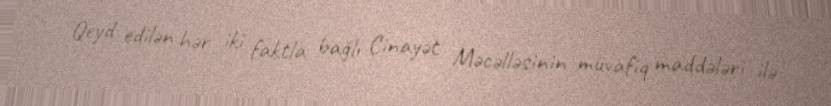
Qeyd edilən hər iki faktla bağlı Cinayət Məcəlləsinin müvafiq maddələri ilə